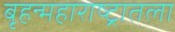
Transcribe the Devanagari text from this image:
बृहन्महाराष्ट्रातला